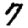
Digit: 7